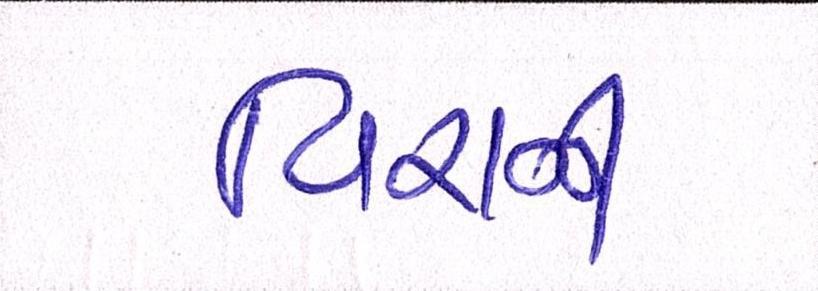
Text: વિરાની